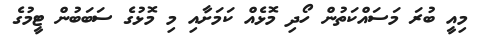
މިއީ ބުރަ މަސައްކަތުން ހޯދި މޮޅެއް ކަމަށާއި މި މޮޅުގެ ސަބަބުން ޓީމުގެ